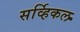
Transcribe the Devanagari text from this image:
सर्व्हिकल